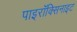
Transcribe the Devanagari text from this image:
पाइरॉक्सिनाइट